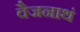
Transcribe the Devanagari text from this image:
वैजनाथं